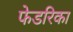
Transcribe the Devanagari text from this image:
फेडरिका